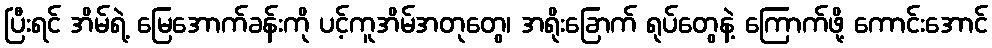
ပြီးရင် အိမ်ရဲ့ မြေအောက်ခန်းကို ပင့်ကူအိမ်အတုတွေ၊ အရိုးခြောက် ရုပ်တွေနဲ့ ကြောက်ဖို့ ကောင်းအောင်